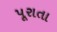
પૂરાતા